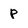
Character: p